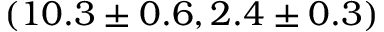
( 1 0 . 3 \pm 0 . 6 , 2 . 4 \pm 0 . 3 )